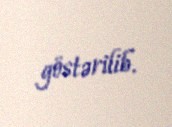
göstərilib.